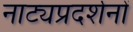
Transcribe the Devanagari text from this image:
नाट्यप्रदर्शनों